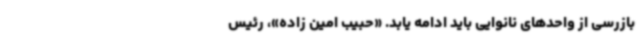
بازرسی از واحدهای نانوایی باید ادامه یابد. «حبیب امین زاده»، رئیس